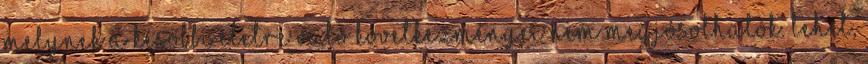
melynek a későbbi életre való következményei nem megjósolhatók. Lehet,